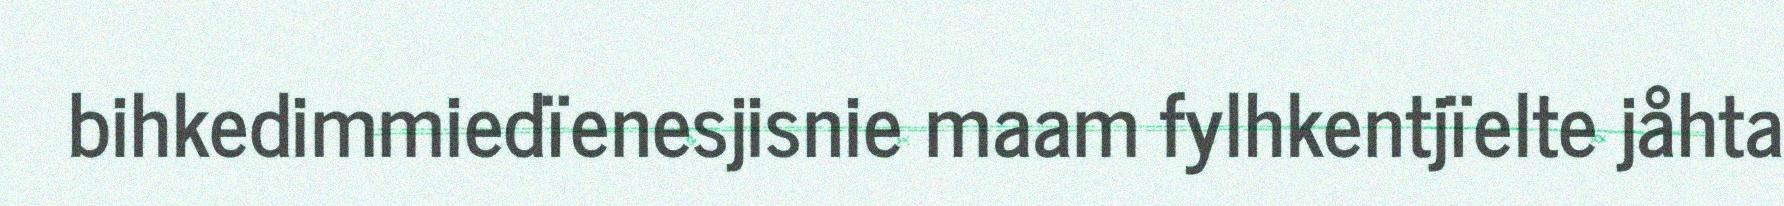
bihkedimmiedïenesjisnie maam fylhkentjïelte jåhta